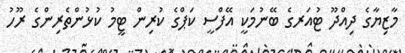
މާޒިޔާގެ ދިއްދޫ ޓުއަރގެ ބޭނުމަކީ އޭފްސީ ކަޕްގެ ކުރިން ޓީމު ކުޅުންތެރިންގެ ރޫހު